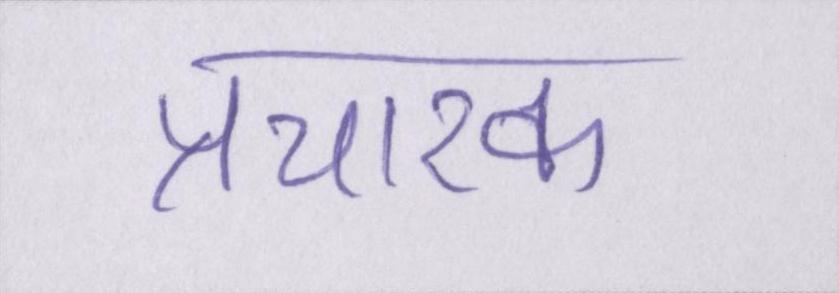
प्रचारक